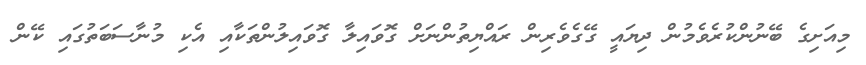
މިއަށިގެ ބޭނުންކުރެވެމުން ދިޔައީ ގޭގެވެރިން ރައްޔިތުންނަށް ގޮވައިލާ ގޮވައިލުންތަކާއި އެކި މުނާސަބަތުގައި ކޭން